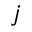
j